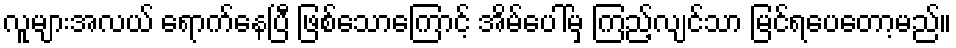
လူများအလယ် ရောက်နေပြီ ဖြစ်သောကြောင့် အိမ်ပေါ်မှ ကြည့်လျင်သာ မြင်ရပေတော့မည်။